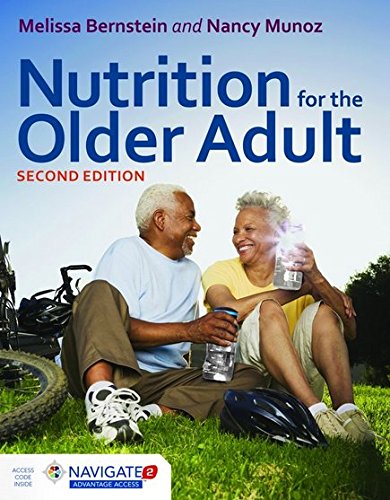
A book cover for Nutrition For The Older Adult; Melissa Bernstein; Parenting & Relationships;